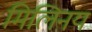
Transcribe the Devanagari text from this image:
मिलिनय